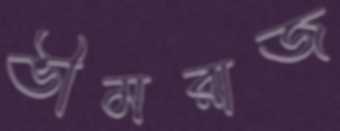
ভীমরাজ